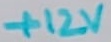
Text: +12V